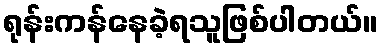
ရုန်းကန်နေခဲ့ရသူဖြစ်ပါတယ်။